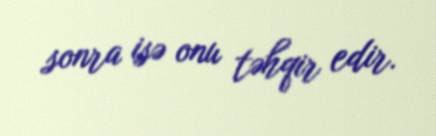
sonra isə onu təhqir edir.